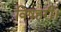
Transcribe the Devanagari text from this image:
विषहरी।